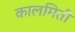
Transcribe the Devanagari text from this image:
कालमिती